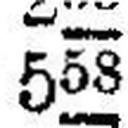
558